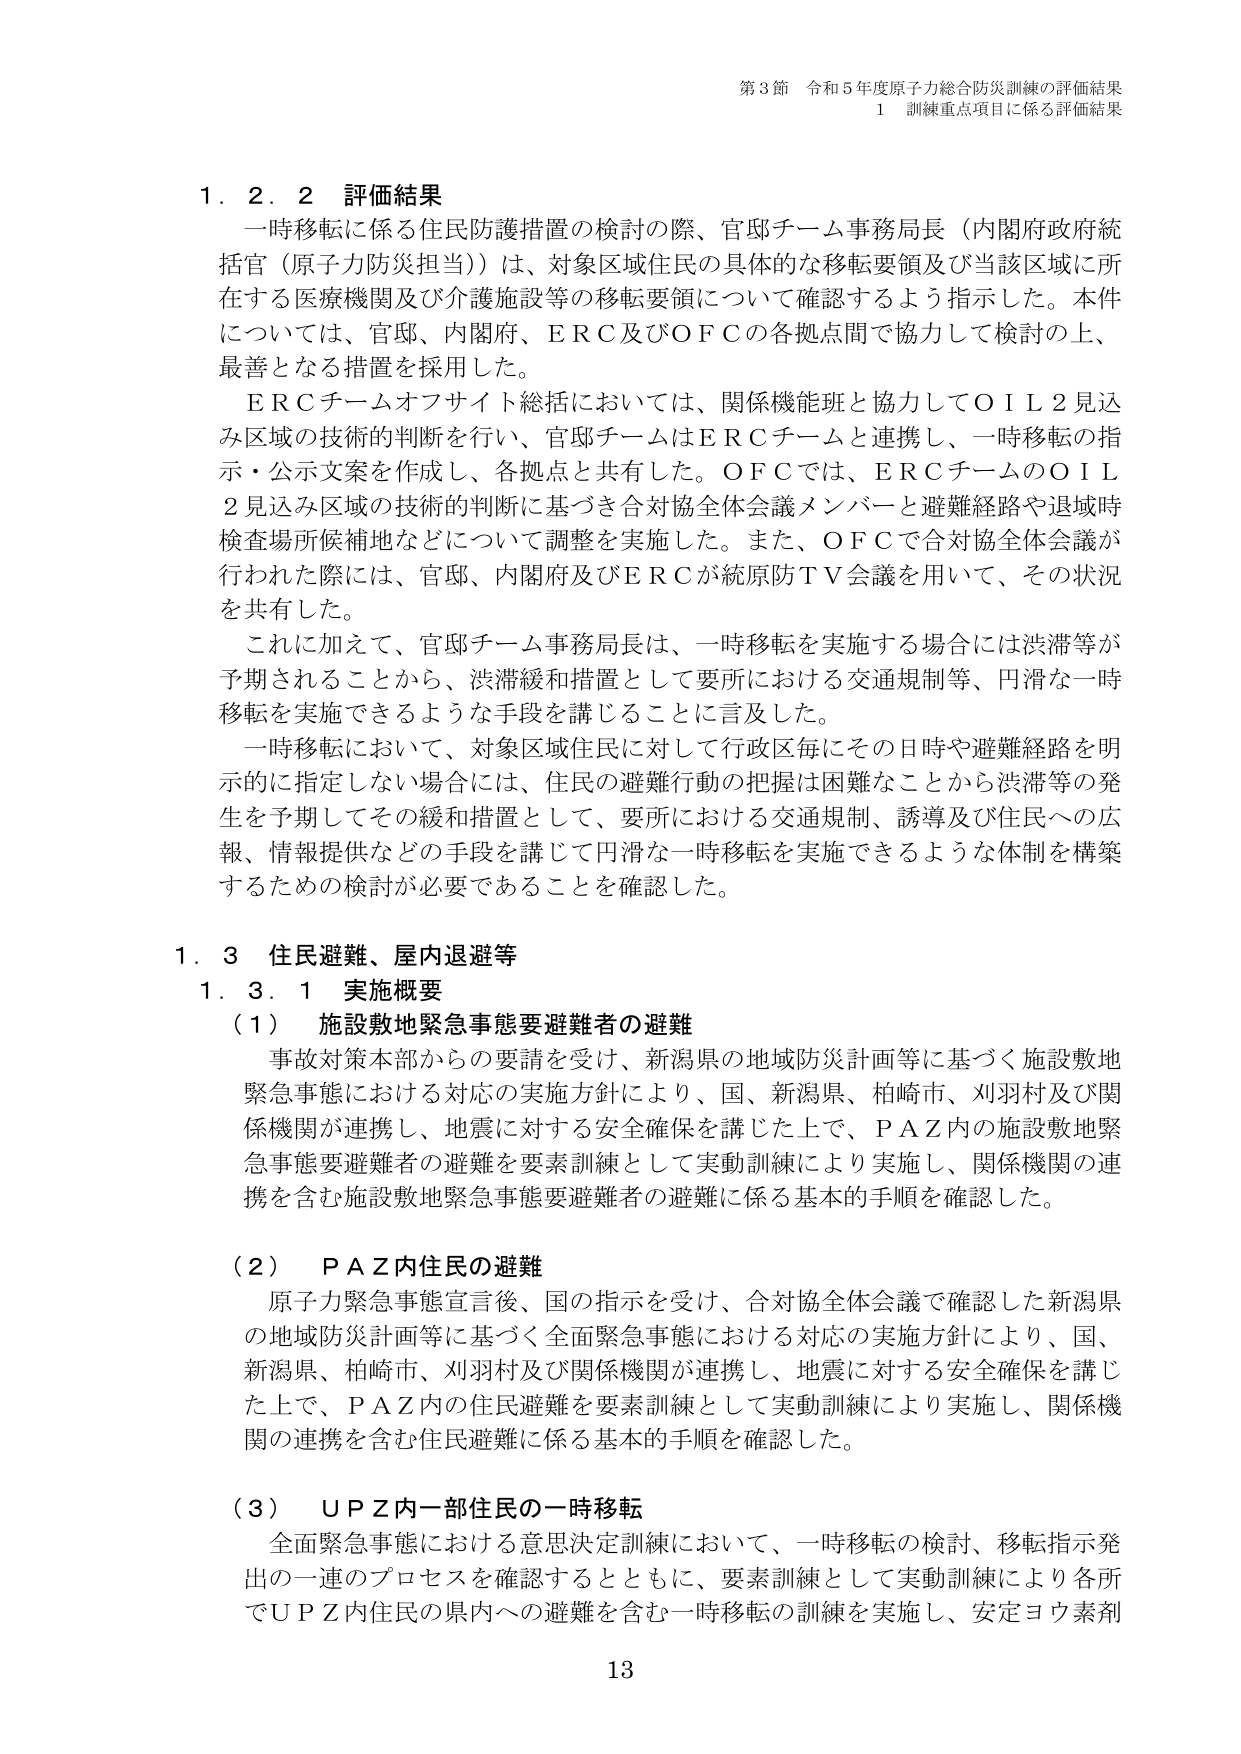
第3節 令和5年度原子力総合防災訓練の評価結果
1 訓練重点項目に係る評価結果

1.2.2 評価結果
一時移転に係る住民防護措置の検討の際、官邸チーム事務局長（内閣府政府統括官（原子力防災担当））は、対象区域住民の具体的な移転要領及び当該区域に所在する医療機関及び介護施設等の移転要領について確認するよう指示した。本件については、官邸、内閣府、ERC及びOFCの各拠点間で協力して検討の上、最善となる措置を採用した。
ERCチームオフサイト総括においては、関係機能班と協力してOIL2見込み区域の技術的判断を行い、官邸チームはERCチームと連携し、一時移転の指示・公示文案を作成し、各拠点と共有した。OFCでは、ERCチームのOIL2見込み区域の技術的判断に基づき合対協全体会議メンバーと避難経路や退域時検査場所候補地などについて調整を実施した。また、OFCで合対協全体会議が行われた際には、官邸、内閣府及びERCが統原TV会議を用いて、その状況を共有した。
これに加えて、官邸チーム事務局長は、一時移転を実施する場合には渋滞等が予期されることから、渋滞緩和措置として要所における交通規制等、円滑な一時移転を実施できるような手段を講じることに言及した。
一時移転において、対象区域住民に対して行政区毎にその日時や避難経路を明示的に指定しない場合には、住民の避難行動の把握は困難なことから渋滞等の発生を予期してその緩和措置として、要所における交通規制、誘導及び住民への広報、情報提供などの手段を講じて円滑な一時移転を実施できるような体制を構築するための検討が必要であることを確認した。

1.3 住民避難、屋内退避等
1.3.1 実施概要
（1） 施設敷地緊急事態要避難者の避難
事故対策本部からの要請を受け、新潟県の地域防災計画等に基づく施設敷地緊急事態における対応の実施方針により、国、新潟県、柏崎市、刈羽村及び関係機関が連携し、地震に対する安全確保を講じた上で、PAZ内の施設敷地緊急事態要避難者の避難を要素訓練として実動訓練により実施し、関係機関の連携を含む施設敷地緊急事態要避難者の避難に係る基本的手順を確認した。

（2） PAZ内住民の避難
原子力緊急事態宣言後、国の指示を受け、合対協全体会議で確認した新潟県の地域防災計画等に基づく全面緊急事態における対応の実施方針により、国、新潟県、柏崎市、刈羽村及び関係機関が連携し、地震に対する安全確保を講じた上で、PAZ内の住民避難を要素訓練として実動訓練により実施し、関係機関の連携を含む住民避難に係る基本的手順を確認した。

（3） UPZ内一部住民の一時移転
全面緊急事態における意思決定訓練において、一時移転の検討、移転指示発出の一連のプロセスを確認するとともに、要素訓練として実動訓練により各所でUPZ内住民の県内への避難を含む一時移転の訓練を実施し、安定ヨウ素剤

13